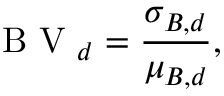
\mathrm { ~ B ~ V ~ } _ { d } = \frac { \sigma _ { B , d } } { \mu _ { B , d } } ,